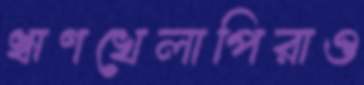
ঋণখেলাপিরাও